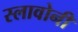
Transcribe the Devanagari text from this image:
स्लावोनी